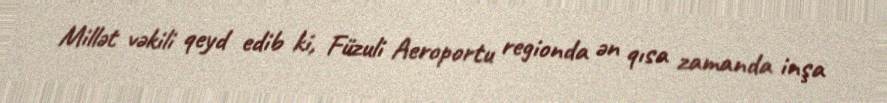
Millət vəkili qeyd edib ki, Füzuli Aeroportu regionda ən qısa zamanda inşa